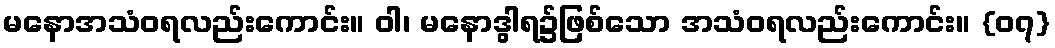
မနောအသံဝရလည်းကောင်း။ ဝါ၊ မနောဒွါရ၌ဖြစ်သော အသံဝရလည်းကောင်း။ {၀၇}